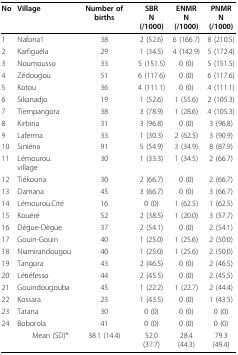
<table><thead><tr><td><b>No</b></td><td><b>Village</b></td><td><b>Number of births</b></td><td><b>SBRN (/1000)</b></td><td><b>ENMRN (/1000)</b></td><td><b>PNMRN (/1000)</b></td></tr></thead><tbody><tr><td>1</td><td>Nafona1</td><td>38</td><td>2 (52.6)</td><td>6 (166.7)</td><td>8 (210.5)</td></tr><tr><td>2</td><td>Karfiguéla</td><td>29</td><td>1 (34.5)</td><td>4 (142.9)</td><td>5 (172.4)</td></tr><tr><td>3</td><td>Noumousso</td><td>33</td><td>5 (151.5)</td><td>0 (0)</td><td>5 (151.5)</td></tr><tr><td>4</td><td>Zédougou</td><td>51</td><td>6 (117.6)</td><td>0 (0)</td><td>6 (117.6)</td></tr><tr><td>5</td><td>Kotou</td><td>36</td><td>4 (111.1)</td><td>0 (0)</td><td>4 (111.1)</td></tr><tr><td>6</td><td>Sikanadjo</td><td>19</td><td>1 (52.6)</td><td>1 (55.6)</td><td>2 (105.3)</td></tr><tr><td>7</td><td>Tiempangora</td><td>38</td><td>3 (78.9)</td><td>1 (28.6)</td><td>4 (105.3)</td></tr><tr><td>8</td><td>Kirbina</td><td>31</td><td>3 (96.8)</td><td>0 (0)</td><td>3 (96.8)</td></tr><tr><td>9</td><td>Laferma</td><td>33</td><td>1 (30.3)</td><td>2 (62.5)</td><td>3 (90.9)</td></tr><tr><td>10</td><td>Siniéna</td><td>91</td><td>5 (54.9)</td><td>3 (34.9)</td><td>8 (87.9)</td></tr><tr><td>11</td><td>Lémourou.village</td><td>30</td><td>1 (33.3)</td><td>1 (34.5)</td><td>2 (66.7)</td></tr><tr><td>12</td><td>Tiékouna</td><td>30</td><td>2 (66.7)</td><td>0 (0)</td><td>2 (66.7)</td></tr><tr><td>13</td><td>Damana</td><td>45</td><td>3 (66.7)</td><td>0 (0)</td><td>3 (66.7)</td></tr><tr><td>14</td><td>Lémourou.Cité</td><td>16</td><td>0 (0)</td><td>1 (62.5)</td><td>1 (62.5)</td></tr><tr><td>15</td><td>Kouéré</td><td>52</td><td>2 (38.5)</td><td>1 (20.0)</td><td>3 (57.7)</td></tr><tr><td>16</td><td>Dègue-Dègue</td><td>37</td><td>2 (54.1)</td><td>0 (0)</td><td>2 (54.1)</td></tr><tr><td>17</td><td>Gouin-Gouin</td><td>40</td><td>1 (25.0)</td><td>1 (25.6)</td><td>2 (50.0)</td></tr><tr><td>18</td><td>Niamirandougou</td><td>40</td><td>1 (25.0)</td><td>1 (25.6)</td><td>2 (50.0)</td></tr><tr><td>19</td><td>Tangora</td><td>43</td><td>2 (46.5)</td><td>0 (0)</td><td>2 (46.5)</td></tr><tr><td>20</td><td>Létiéfesso</td><td>44</td><td>2 (45.5)</td><td>0 (0)</td><td>2 (45.5)</td></tr><tr><td>21</td><td>Gouindougouba</td><td>45</td><td>1 (22.2)</td><td>1 (22.7)</td><td>2 (44.4)</td></tr><tr><td>22</td><td>Kossara</td><td>23</td><td>1 (43.5)</td><td>0 (0)</td><td>1 (43.5)</td></tr><tr><td>23</td><td>Tatana</td><td>30</td><td>0 (0)</td><td>0 (0)</td><td>0 (0)</td></tr><tr><td>24</td><td>Boborola</td><td>41</td><td>0 (0)</td><td>0 (0)</td><td>0 (0)</td></tr><tr><td></td><td> Mean (SD)*</td><td>38.1 (14.4)</td><td>52.0 (37.7)</td><td>28.4 (44.3)</td><td>79.3 (49.4)</td></tr></tbody></table>